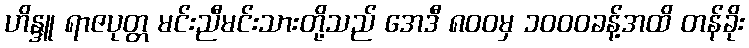
ဟိန္ဒူ ရာဇပုတ္တ မင်းညီမင်းသားတို့သည် အေဒီ ၈၀၀မှ ၁၀၀၀ခန့်အထိ တန်ခိုး